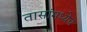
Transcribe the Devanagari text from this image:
तासांमध्येच